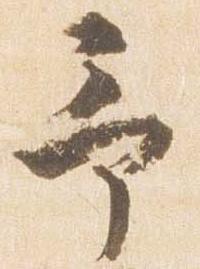
予